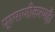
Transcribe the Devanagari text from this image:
प्रमाणीकरणहै।